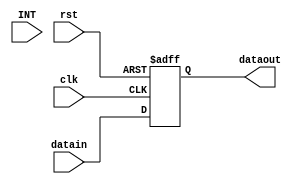
`timescale 1ns / 1ps
//////////////////////////////////////////////////////////////////////////////////
// Company: 
// Engineer: 
// 
// Design Name: 
// Module Name:    PC 
// Project Name: 
// Target Devices: 
// Tool versions: 
// Description: 
//
// Dependencies: 
//
// Revision: 
// Revision 0.01 - File Created
// Additional Comments: 
//
//////////////////////////////////////////////////////////////////////////////////
module PC(
input clk,
input rst,
input INT,
input [31:0]datain,
output [31:0]dataout
    );
reg [31:0]a;
assign dataout=a;

always@(posedge clk or posedge rst)
begin
	if(rst==1)
		a<=0;
	else if(clk==1)
		a<=datain;
end

endmodule